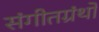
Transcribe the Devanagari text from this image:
संगीतग्रंथों